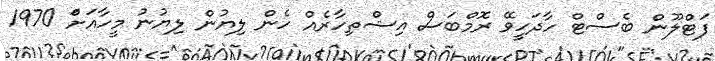
ފަޓްލޫން ބެސްޓް ހާދަހީވޭ ރޮމްބަސް އިޝްތިހާރެއް ހެން ލިޔުން ލިޔުނު މީހާއަށްަ 1970